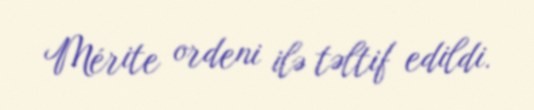
Mérite ordeni ilə təltif edildi.